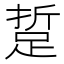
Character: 踅